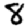
Digit: 8